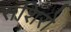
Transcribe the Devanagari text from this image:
संशिरो